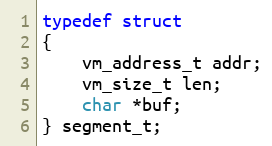
Language: C
typedef struct
{
    vm_address_t addr;
    vm_size_t len;
    char *buf;
} segment_t;